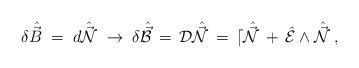
LaTeX: \begin{align*}\delta \hat{\vec{B}} \;=\; d\hat{\vec{\cal N}} \;\rightarrow\; \delta \hat{\vec{B}} \,=\, {\cal D}\hat{\vec{\cal N}} \,=\, d\hat{\vec{\cal N}} \,+\, \hat{\cal E}\wedge\hat{\vec{\cal N}} \; ,\end{align*}